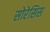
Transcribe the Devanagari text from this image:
सोरेसिस